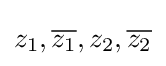
z_{1},{\overline {z_{1}}},z_{2},{\overline {z_{2}}}